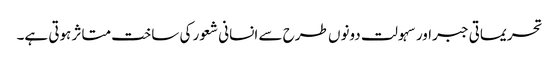
تحریماتی جبراور سہولت دونوں طرح سے انسانی شعور کی ساخت متاثر ہوتی ہے۔